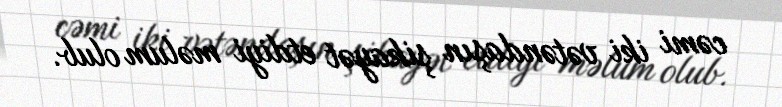
cəmi iki vətəndaşın şikayət etdiyi məlum olub.